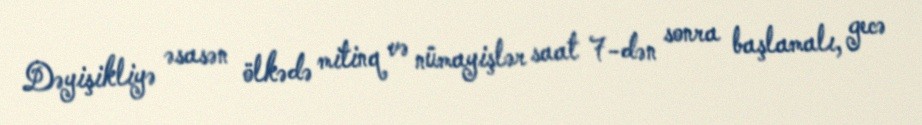
Dəyişikliyə əsasən ölkədə mitinq və nümayişlər saat 7-dən sonra başlamalı, gecə